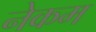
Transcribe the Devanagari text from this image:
नेकम